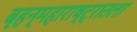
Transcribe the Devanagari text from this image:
बृहन्महाराष्ट्रातला